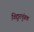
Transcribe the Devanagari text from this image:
विद्युतचुंबक